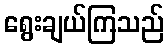
ရွေးချယ်ကြသည်